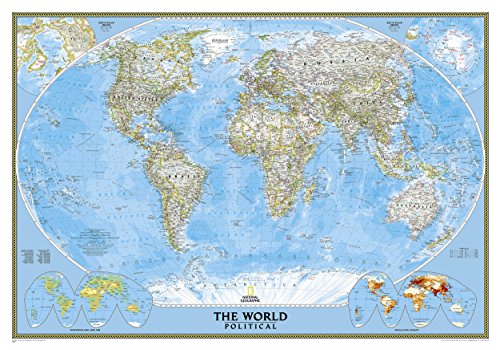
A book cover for World Classic [Laminated] (National Geographic Reference Map); National Geographic Maps - Reference; Reference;